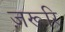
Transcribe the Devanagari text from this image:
ज़रूरि